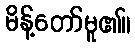
မိန့်တော်မူ၏။